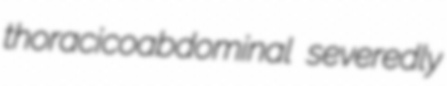
thoracicoabdominal severedly